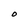
Character: t